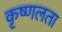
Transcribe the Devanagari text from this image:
कृष्णलता